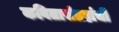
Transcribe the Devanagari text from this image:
कवितासंग्रहांची